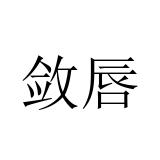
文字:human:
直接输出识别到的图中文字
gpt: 敛唇